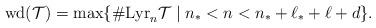
LaTeX: \begin{align*}\mathrm{wd}(\mathcal{T})=\max\lbrace\#\mathrm{Lyr}_n{\mathcal{T}}\mid n_\ast<n<n_\ast+\ell_\ast+\ell+d\rbrace.\end{align*}